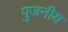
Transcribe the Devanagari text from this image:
पुजनीय